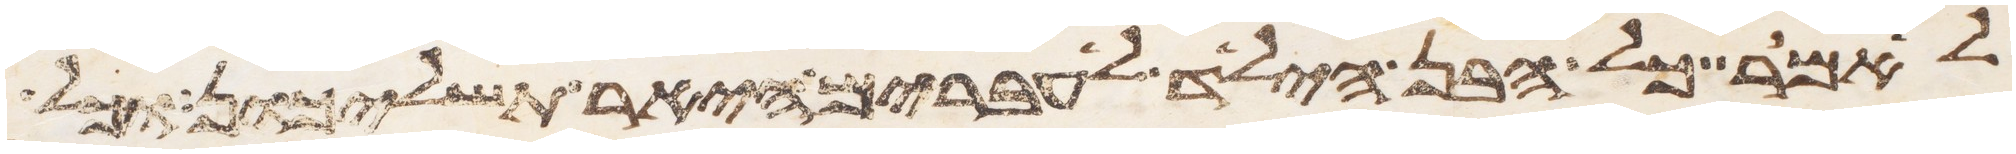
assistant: לאמר כל הבן הילד לעברים היאר תשליכון וכל